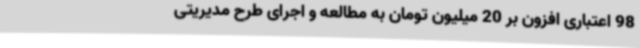
98 اعتباری افزون بر 20 میلیون تومان به مطالعه و اجرای طرح مدیریتی